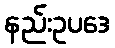
နည်းဥပဒေ